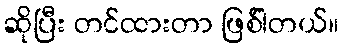
ဆိုပြီး တင်ထားတာ ဖြစ်ါတယ်။